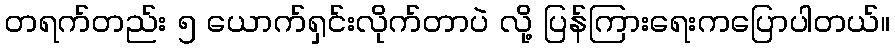
တရက်တည်း ၅ ယောက်ရှင်းလိုက်တာပဲ လို့ ပြန်ကြားရေးကပြောပါတယ်။